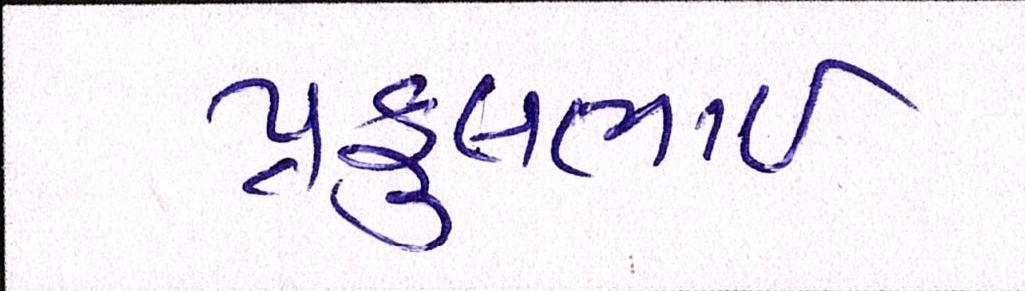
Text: પ્રફુલભાઈ